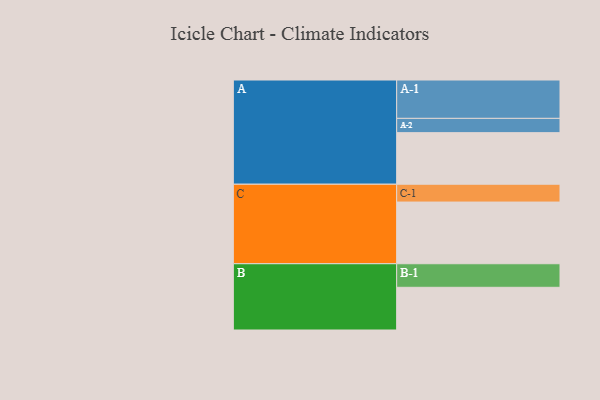
{"axis": {"x": "Segment", "y": "Value"}, "legend": ["", "A", "B", "C"], "data": [{"x": "A", "y": 394, "type": ""}, {"x": "B", "y": 326, "type": ""}, {"x": "C", "y": 471, "type": ""}, {"x": "A-1", "y": 293, "type": "A"}, {"x": "A-2", "y": 109, "type": "A"}, {"x": "B-1", "y": 180, "type": "B"}, {"x": "C-1", "y": 136, "type": "C"}]}